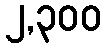
၂,၃၀၀